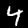
Digit: 4